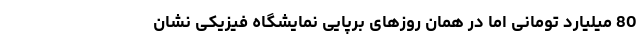
80 میلیارد تومانی اما در همان روزهای برپاییِ نمایشگاه فیزیکی نشان